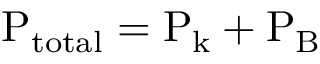
\mathrm { P _ { t o t a l } = P _ { k } + P _ { B } }